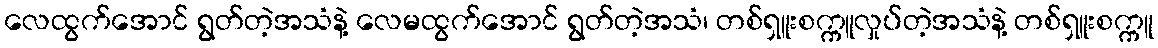
လေထွက်အောင် ရွတ်တဲ့အသံနဲ့ လေမထွက်အောင် ရွတ်တဲ့အသံ၊ တစ်ရှူးစက္ကူလှုပ်တဲ့အသံနဲ့ တစ်ရှူးစက္ကူ